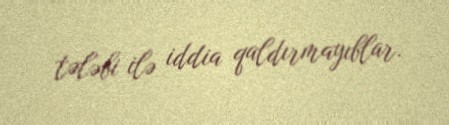
tələbi ilə iddia qaldırmayıblar.